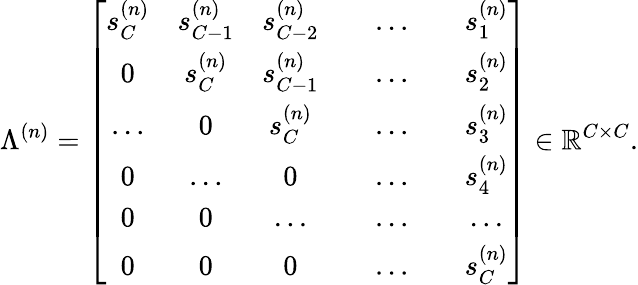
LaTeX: \Lambda^{(n)}=\left[\begin{array}{ccccccc}{s_{C}^{(n)}}&{s_{C-1}^{(n)}}&{s_{C-2}^{(n)}}&&{...}&&{s_{1}^{(n)}}\\ {0}&{s_{C}^{(n)}}&{s_{C-1}^{(n)}}&&{...}&&{s_{2}^{(n)}}\\ {...}&{0}&{s_{C}^{(n)}}&&{...}&&{s_{3}^{(n)}}\\ {0}&{...}&{0}&&{...}&&{s_{4}^{(n)}}\\ {0}&{0}&{...}&&{...}&&{...}\\ {0}&{0}&{0}&&{...}&&{s_{C}^{(n)}}\end{array}\right]\in\mathbb{R}^{C\times C}.